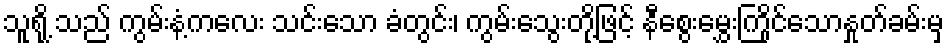
သူရို့ သည် ကွမ်းနံ့ကလေး သင်းသော ခံတွင်း၊ ကွမ်းသွေးတို့ဖြင့် နီစွေးမွှေးကြိုင်သောနှုတ်ခမ်းမှ